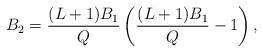
LaTeX: \begin{align*} B_2 = \frac{(L+1)B_1}{Q} \left(\frac{(L+1)B_1}{Q} - 1\right), \end{align*}